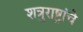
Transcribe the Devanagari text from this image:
शत्रुराष्ट्रांचे